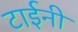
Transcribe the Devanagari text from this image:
टाईनी